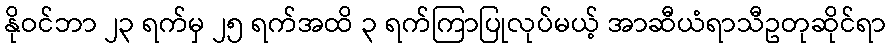
နိုဝင်ဘာ ၂၃ ရက်မှ ၂၅ ရက်အထိ ၃ ရက်ကြာပြုလုပ်မယ့် အာဆီယံရာသီဥတုဆိုင်ရာ